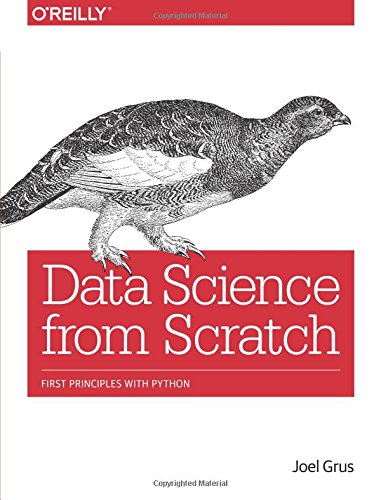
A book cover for Data Science from Scratch: First Principles with Python; Joel Grus; Computers & Technology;